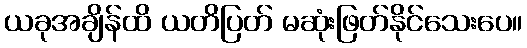
ယခုအချိန်ထိ ယတိပြတ် မဆုံးဖြတ်နိုင်သေးပေ။